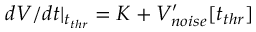
d V / d t | _ { t _ { t h r } } = K + V _ { n o i s e } ^ { \prime } [ t _ { t h r } ]